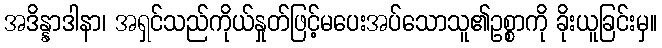
အဒိန္နာဒါနာ၊ အရှင်သည်ကိုယ်နှုတ်ဖြင့်မပေးအပ်သောသူ၏ဥစ္စာကို ခိုးယူခြင်းမှ။